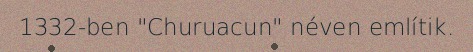
1332-ben "Churuacun" néven említik.